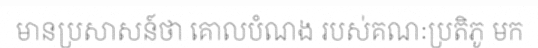
មានប្រសាសន៍ថា គោលបំណង របស់គណៈប្រតិភូ មក